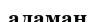
аламан